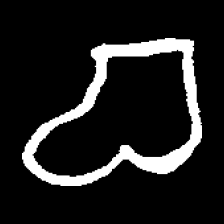
Pyu character \u2014 Myanmar letter: စ (romanized: ca)